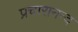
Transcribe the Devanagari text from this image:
प्रचारानन्द